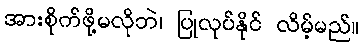
အားစိုက်ဖို့မလိုဘဲ၊ ပြုလုပ်နိုင် လိမ့်မည်။